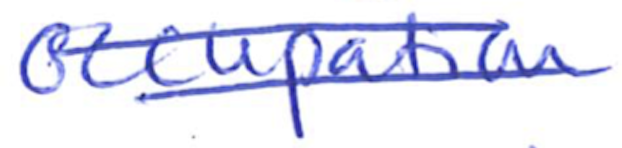
Text: occupation
Cross-out: double-line
Writing tool: ballpoint